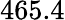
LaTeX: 465.4